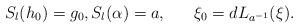
LaTeX: \begin{align*}S_l(h_0)=g_0, S_l(\alpha)=a,\quad\ \ \xi_0=d L_{a^{-1}}(\xi).\end{align*}